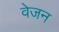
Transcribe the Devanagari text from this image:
वेजन